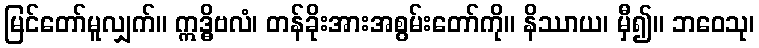
မြင်တော်မူလျှက်။ ဣဒ္ဓိဗလံ၊ တန်ခိုးအားအစွမ်းတော်ကို။ နိဿာယ၊ မှီ၍။ ဘဝေသု၊